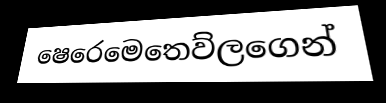
ෂෙරෙමෙතෙව්ලගෙන්